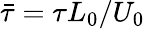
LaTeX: \bar{\tau}=\tau L_{0}/U_{0}